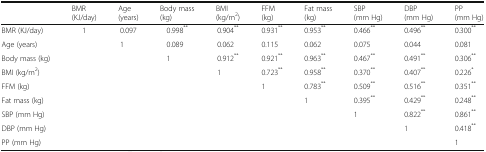
|  | BMR(KJ/day) | Age(years) | Body mass(kg) | BMI(kg/m2) | FFM(kg) | Fat mass(kg) | SBP(mm Hg) | DBP(mm Hg) | PP(mm Hg) |
 | --- | --- | --- | --- | --- | --- | --- | --- | --- | --- |
 | BMR (KJ/day) | 1 | 0.097 | 0.998** | 0.904** | 0.931** | 0.953** | 0.466** | 0.496** | 0.300** |
 | Age (years) |  | 1 | 0.089 | 0.062 | 0.115 | 0.062 | 0.075 | 0.044 | 0.081 |
 | Body mass (kg) |  |  | 1 | 0.912** | 0.921** | 0.963** | 0.467** | 0.491** | 0.306** |
 | BMI (kg/m2) |  |  |  | 1 | 0.723** | 0.958** | 0.370** | 0.407** | 0.226* |
 | FFM (kg) |  |  |  |  | 1 | 0.783** | 0.509** | 0.516** | 0.351** |
 | Fat mass (kg) |  |  |  |  |  | 1 | 0.395** | 0.429** | 0.248** |
 | SBP (mm Hg) |  |  |  |  |  |  | 1 | 0.822** | 0.861** |
 | DBP (mm Hg) |  |  |  |  |  |  |  | 1 | 0.418** |
 | PP (mm Hg) |  |  |  |  |  |  |  |  | 1 |